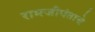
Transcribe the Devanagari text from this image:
रामजीपंताचे